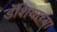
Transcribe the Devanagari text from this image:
डॅशियाच्या